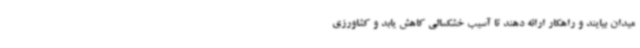
میدان بیایند و راهکار ارائه دهند تا آسیب خشکسالی کاهش یابد و کشاورزی